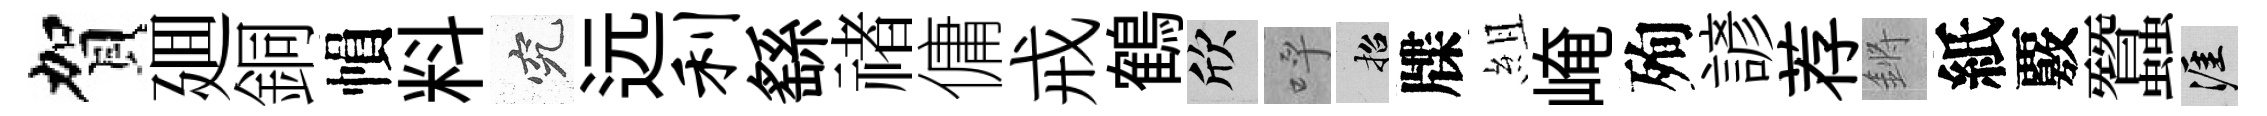
賀廽銅𢄙料究远利繇禇傭戒鶴欣呼招牒組崦殉諺荐鏘紙覈蠶涯